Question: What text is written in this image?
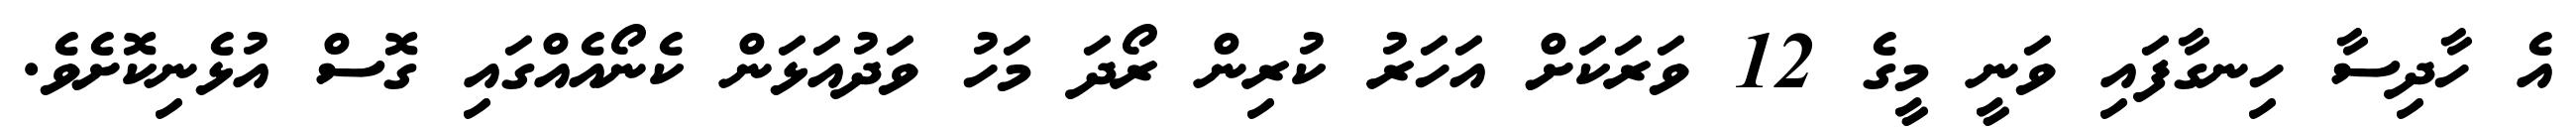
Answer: އެ ހާދިސާ ހިނގާފައި ވަނީ މީގެ 12 ވަރަކަށް އަހަރު ކުރިން ރޯދަ މަހު ވަދުއަޅަން ކެނޯއެއްގައި ގޮސް އުޅެނިކޮށެވެ.